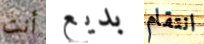
أنت بديع انتقام